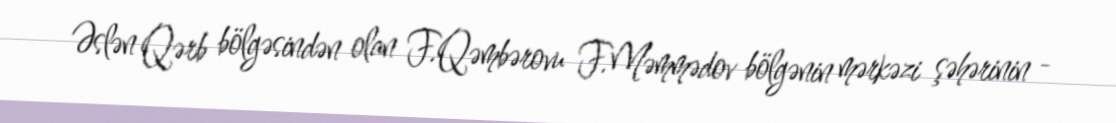
Əslən Qərb bölgəsindən olan F.Qəmbərovu F.Məmmədov bölgənin mərkəzi şəhərinin -